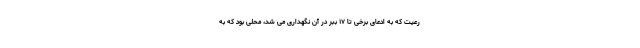
رعیت که به ادعای برخی تا ۱۷ ببر در آن نگهداری می شد، محلی بود که به